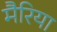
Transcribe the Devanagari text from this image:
मैरिया